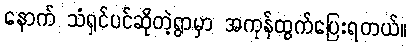
နောက် သံရှင်ပင်ဆိုတဲ့ရွာမှာ အကုန်ထွက်ပြေးရတယ်။